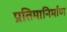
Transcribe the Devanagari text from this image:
प्रतिमानिर्माण